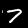
Label: 7